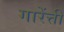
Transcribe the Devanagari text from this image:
गारेंत्ती